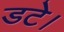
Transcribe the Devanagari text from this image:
डटे।